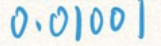
0.01001